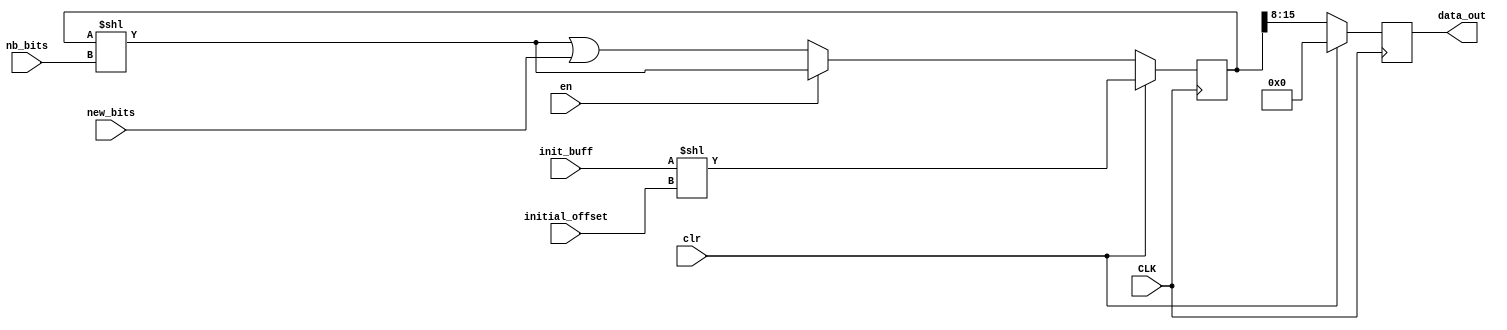
module dec_buffer(
    input CLK,
    input clr,
    input en,
    input [3:0] initial_offset,
    input [15:0] init_buff,
    input [NB_BITS_WIDTH-1:0] nb_bits,
    input [15:0] new_bits,
    output [7:0] data_out
    );
    
    parameter NB_BITS_WIDTH = 2;
    
    reg [15:0] buff;
    reg [7:0] data_out;
    
    always @ (posedge CLK) begin
        if (clr) begin
            //clr sets data_out to first byte of data.
            //buff is intialized to the first two bytes without first nb_bits bits of data
            //from a stream.
            //buff <= 16'b1101000110100011;
            //buff <= 16'b1110000110101000; //tb1: m=3, L=16
            //buff <= 16'b0011101000000000; //tb2: m=4, L=16
            //buff <= 16'b0001011011100000; //tb3: m=8, L=32
            //data_out <= 8'b11100001; //tb1: m=3, L=16
            //data_out <= 8'b11001110; //tb2: m=4, L=16
            //data_out <= 8'b00010110; //tb3: m=8, L=32
            buff <= init_buff << initial_offset;
            data_out <= 8'b00000000;
        end
        else if (en) begin
            buff <= buff << nb_bits;
            data_out <= buff[15:8];
        end
        else begin
            buff <= (buff << nb_bits) | new_bits;
            data_out <= buff[15:8];
        end
    end
    
endmodule